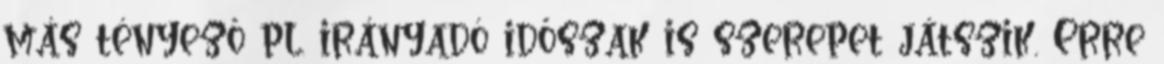
más tényező pl. irányadó időszak is szerepet játszik. Erre